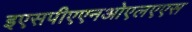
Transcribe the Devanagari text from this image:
इएसपीएएनओएलएएस